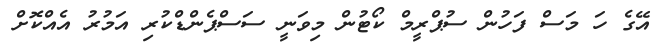
އޭގެ ހަ މަސް ފަހުން ސުޕްރީމް ކޯޓުން މިވަނީ ސަސްޕެންޑްކުރި އަމުރު އެއްކޮށް